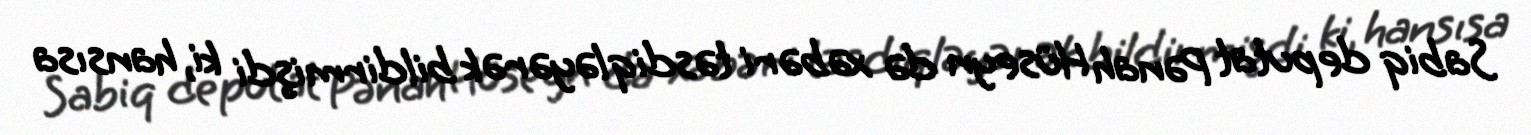
Sabiq deputat Pənah Hüseyn də xəbəri təsdiqləyərək bildirmişdi ki, hansısa